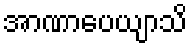
အာဏာပေယျာသိ